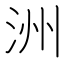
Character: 洲